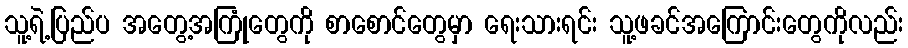
သူ့ရဲ့ပြည်ပ အတွေ့အကြုံတွေကို စာစောင်တွေမှာ ရေးသားရင်း သူ့ဖခင်အကြောင်းတွေကိုလည်း